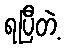
ရပြီတဲ့